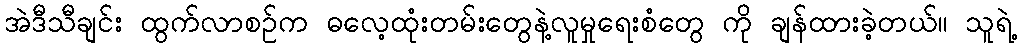
အဲဒီသီချင်း ထွက်လာစဉ်က ဓလေ့ထုံးတမ်းတွေနဲ့လူမှုရေးစံတွေ ကို ချန်ထားခဲ့တယ်။ သူရဲ့